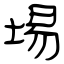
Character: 埸